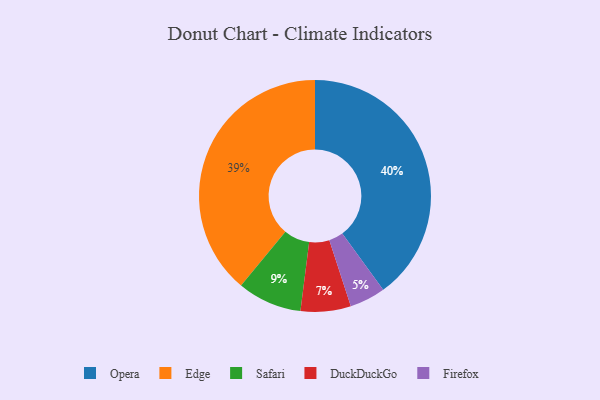
{"axis": {"x": "Category", "y": "Percentage"}, "legend": ["DuckDuckGo", "Edge", "Firefox", "Opera", "Safari"], "data": [{"x": "Safari", "y": 9, "type": "Safari"}, {"x": "DuckDuckGo", "y": 7, "type": "DuckDuckGo"}, {"x": "Opera", "y": 40, "type": "Opera"}, {"x": "Edge", "y": 39, "type": "Edge"}, {"x": "Firefox", "y": 5, "type": "Firefox"}]}